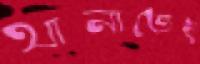
থানাতেই